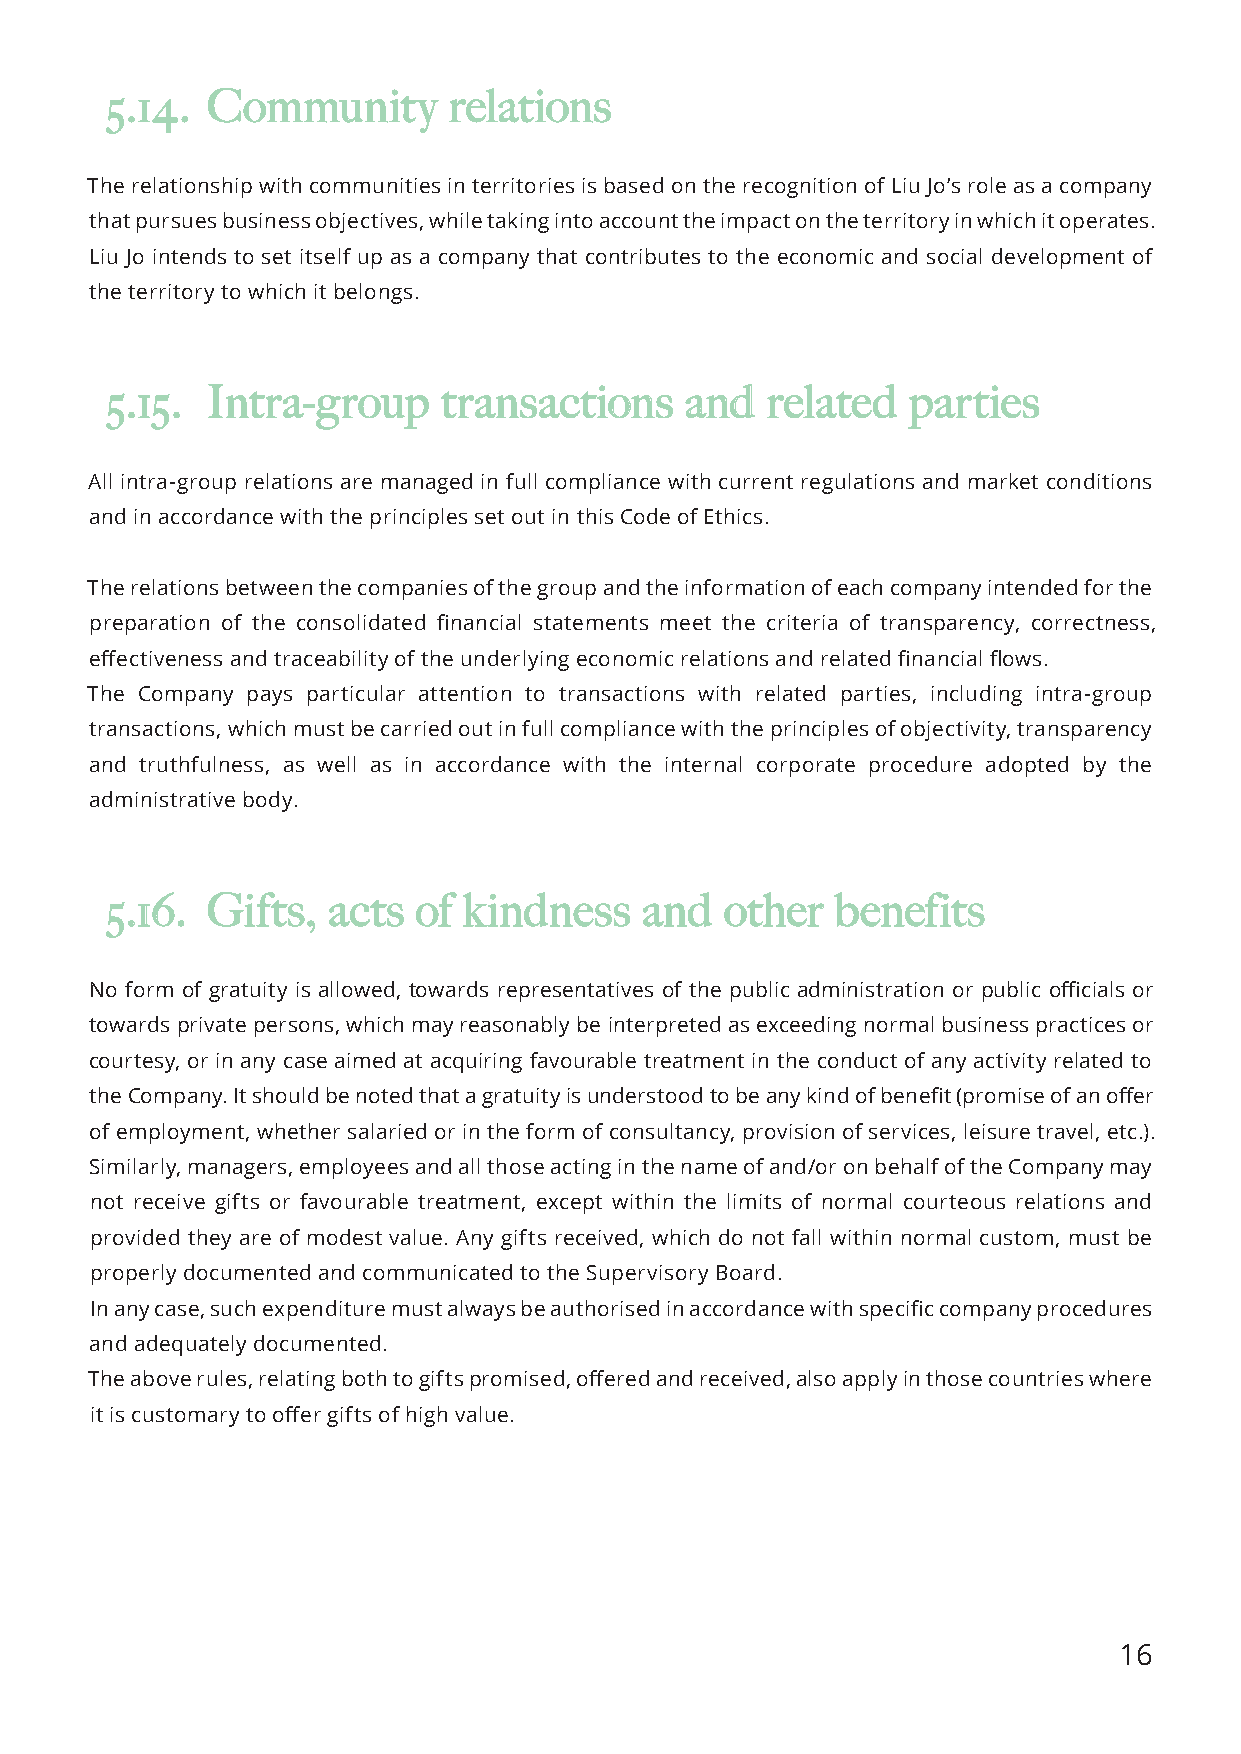
55..1144.. CCoommmmuunniittyy rreellaattiioonnss
 The relationship with communities in territories is based on the recognition of Liu Jo’s role as a company
 that pursues business objectives, while taking into account the impact on the territory in which it operates.
 Liu Jo intends to set itself up as a company that contributes to the economic and social development of
 the territory to which it belongs.
 55..1155.. IInnttrraa--ggrroouupp ttrraannssaaccttiioonnss aanndd rreellaatteedd ppaarrttiieess
 All intra-group relations are managed in full compliance with current regulations and market conditions
 and in accordance with the principles set out in this Code of Ethics.
 The relations between the companies of the group and the information of each company intended for the
 preparation of the consolidated financial statements meet the criteria of transparency, correctness,
 effectiveness and traceability of the underlying economic relations and related financial flows.
 The Company pays particular attention to transactions with related parties, including intra-group
 transactions, which must be carried out in full compliance with the principles of objectivity, transparency
 and truthfulness, as well as in accordance with the internal corporate procedure adopted by the
 administrative body.
 55..1166.. GGiiffttss,, aaccttss ooff kkiinnddnneessss aanndd ootthheerr bbeenneeffiittss
 No form of gratuity is allowed, towards representatives of the public administration or public officials or
 towards private persons, which may reasonably be interpreted as exceeding normal business practices or
 courtesy, or in any case aimed at acquiring favourable treatment in the conduct of any activity related to
 the Company. It should be noted that a gratuity is understood to be any kind of benefit (promise of an offer
 of employment, whether salaried or in the form of consultancy, provision of services, leisure travel, etc.).
 Similarly, managers, employees and all those acting in the name of and/or on behalf of the Company may
 not receive gifts or favourable treatment, except within the limits of normal courteous relations and
 provided they are of modest value. Any gifts received, which do not fall within normal custom, must be
 properly documented and communicated to the Supervisory Board.
 In any case, such expenditure must always be authorised in accordance with specific company procedures
 and adequately documented.
 The above rules, relating both to gifts promised, offered and received, also apply in those countries where
 it is customary to offer gifts of high value.
 16